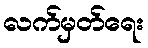
လက်မှတ်ရေး